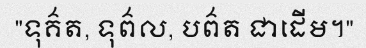
"ទុគ៌ត, ទុព៌ល, បព៌ត ជាដើម។"